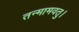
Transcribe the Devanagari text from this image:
तन्मामवतु।